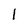
Character: l